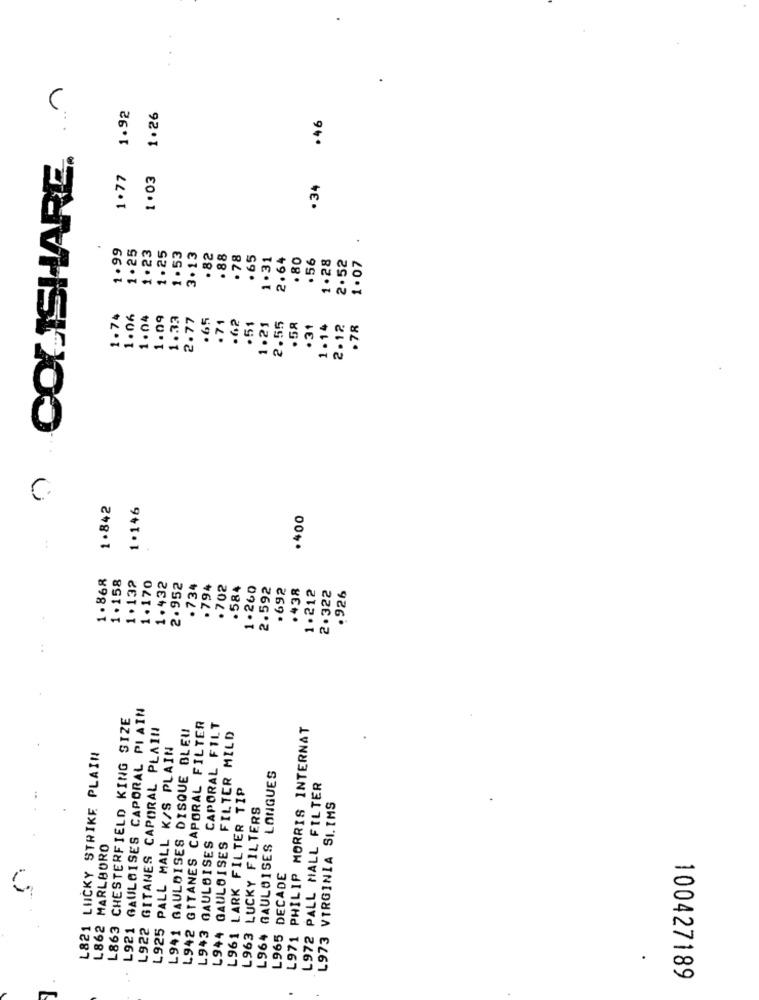
COLISHARE. ^
1.77 1.92
1.26
.46
1.03
. 34
1.99
1.25
1.23
1.25
.
1. 53
3.13
.82
. 88
. 78
. 65
1.31
2.64
. 80
.56
1.28
2.52
1.07
1.74
1.06
1.04
1.09
1.33
2.77
.65
.71
.62
.51
1.21
2.55
.58
31
1 . 14
2.12
.78
1.842
1.146
.400
1.868
1.158
1.132
1.170
1.432
2.952
. 734
.794
.702
.584
1.260
2.592
.692
.438
1.212
2.322
.926
L921 GAULOISES CAPORAL PI AIN
L863 CHESTERFIELD KING SIZE
L922 GITANES CAPORAL PLAIN
L941 GAULDISES DISQUE BLEU
GITANES CAPORAL FILTER
L943 GAULBISES CAPORAL FILT
L971 PHILIP MORRIS INTERNAT
L944 GAULOISES FILTER MILD
L925 PALL MALL K/S PLAIN
L821 LUCKY STRIKE PLAIN
L964 GAULOISES LONGUES
L961 LARK FILTER TIP
L972 PALL MALL FILTER
L963 LUCKY FILTERS
L973 VIRGINIA SI.IMS
L862 MARLBORO
L965 DECADE
L942
100427189